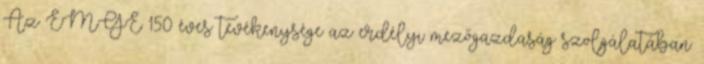
Az EMGE 150 éves tevékenysége az erdélyi mezőgazdaság szolgálatában.